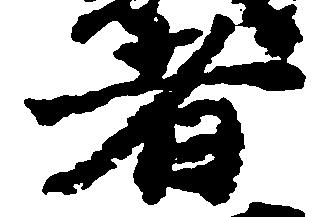
者